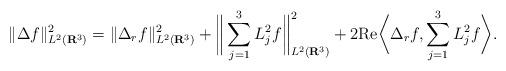
LaTeX: \begin{align*}\|\Delta f\|^{2}_{L^2(\mathbf{R}^3)} = \|\Delta_r f\|^{2}_{L^2(\mathbf{R}^3)} + \bigg\| \sum_{j=1}^3 L_j^2f \bigg\|_{L^2(\mathbf{R}^3)}^2 + 2 \mathrm{Re}\bigg\langle \Delta_r f, \sum_{j=1}^3 L_j^2f \bigg\rangle.\end{align*}